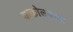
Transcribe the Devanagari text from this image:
याकोलकाता